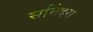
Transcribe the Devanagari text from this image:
समिंदरा